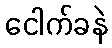
ငေါက်ခနဲ